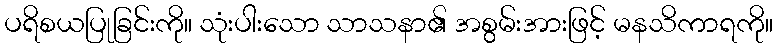
ပရိစယပြုခြင်းကို။ သုံးပါးသော သာသနာ၏ အစွမ်းအားဖြင့် မနသိကာရကို။